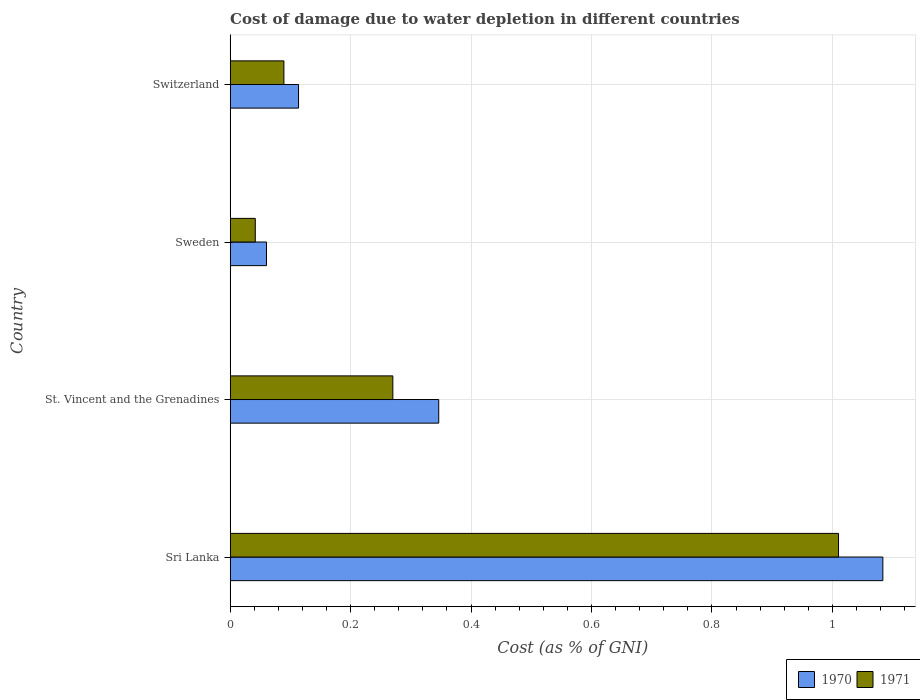
| Country | 1970 | 1971 |
 | --- | --- | --- |
 | Sri Lanka | 1.08 | 1.01 |
 | St. Vincent and the Grenadines | 0.346 | 0.27 |
 | Sweden | 0.0603 | 0.0417 |
 | Switzerland | 0.114 | 0.0892 |